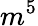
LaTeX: m^{5}